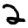
Digit: 2